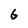
Character: G